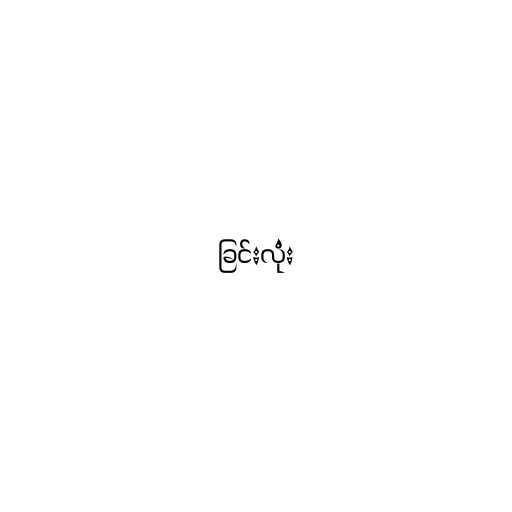
ခြင်းလုံး